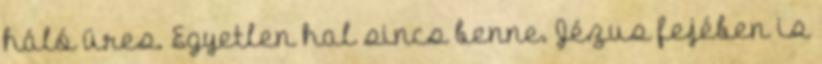
háló üres. Egyetlen hal sincs benne. Jézus fejében is